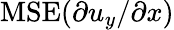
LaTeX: \mathrm{MSE}(\partial u_{y}/\partial x)